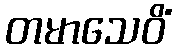
တမာသေဝိံ